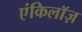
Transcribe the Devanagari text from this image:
एंकिलॉज़